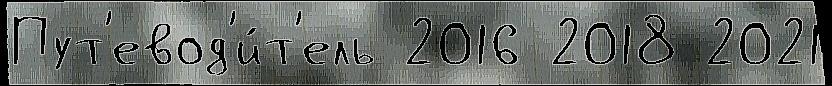
Пут'евод'и́т'ель 2016 2018 2021